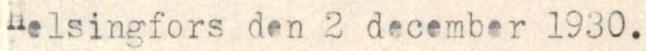
Helsingfors den 2 december 1930.